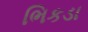
ભિકડા